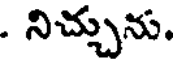
. నిచ్చును.